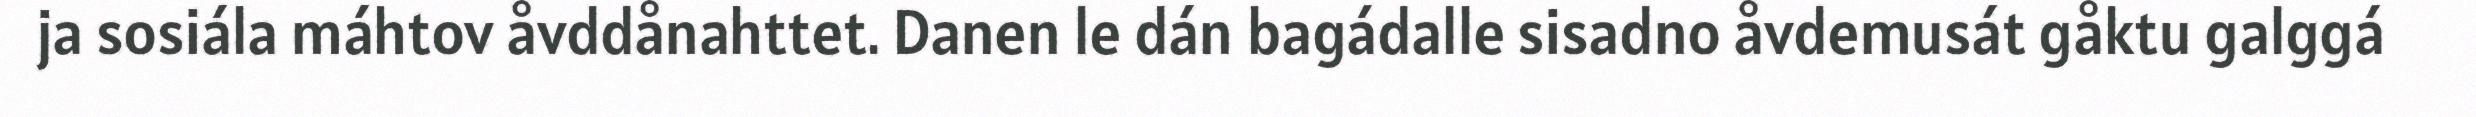
ja sosiála máhtov åvddånahttet. Danen le dán bagádalle sisadno åvdemusát gåktu galggá